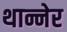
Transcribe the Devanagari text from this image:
थान्नेर